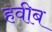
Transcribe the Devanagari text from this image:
हवीब